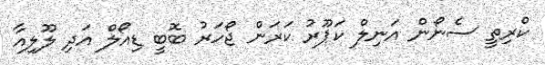
ކްރިތީ ސެނޯން އަނިލް ކަޕޫރު ކަރަން ޖޯހަރު ބޮބީ ޑިއޯލް އަދި ލޫލިއާ